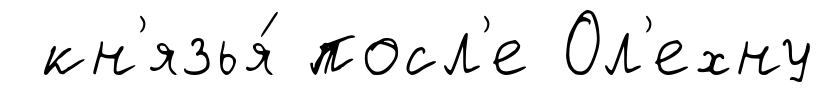
кн'язья́ посл'е Ол'ехну